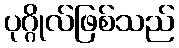
ပုဂ္ဂိုလ်ဖြစ်သည်